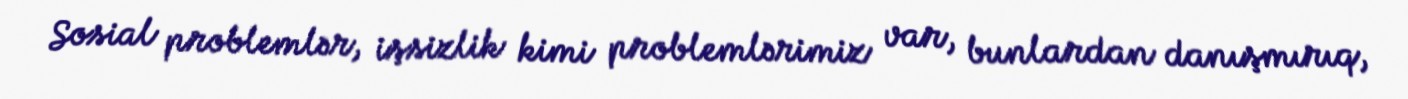
Sosial problemlər, işsizlik kimi problemlərimiz var, bunlardan danışmırıq,